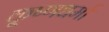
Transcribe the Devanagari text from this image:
कृ्ष्णधर्मा